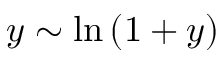
y \sim \ln { ( 1 + y ) }